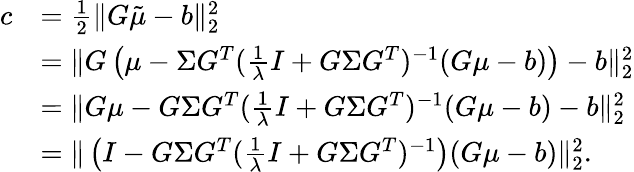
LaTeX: \begin{array}{rl}{c}&{=\frac 12\| G\tilde{\mu}-b\| _{2}^{2}}\\ &{=\| G\left(\mu-\Sigma G^{T}(\frac 1\lambda I+G\Sigma G^{T})^{-1}(G\mu-b)\right)-b\| _{2}^{2}}\\ &{=\| G\mu-G\Sigma G^{T}(\frac 1\lambda I+G\Sigma G^{T})^{-1}(G\mu-b)-b\| _{2}^{2}}\\ &{=\| \left(I-G\Sigma G^{T}(\frac 1\lambda I+G\Sigma G^{T})^{-1}\right)(G\mu-b)\| _{2}^{2}.}\end{array}